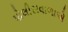
પોલીસવાળાએ